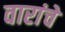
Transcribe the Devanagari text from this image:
वारांचे